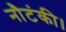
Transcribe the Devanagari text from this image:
नौटंकी।